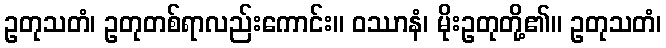
ဥတုသတံ၊ ဥတုတစ်ရာလည်းကောင်း။ ဝဿာနံ၊ မိုးဥတုတို့၏။ ဥတုသတံ၊